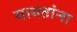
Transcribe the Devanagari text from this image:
साधतांना